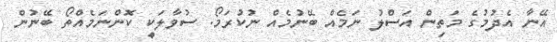
އޭނާ އެދުމުގެ މަތިން އަސްލު ނަމެއް ބޭނުމެއް ނުކުރަމޯ. ސުވާލަކީ ކޮންނަމެއްތޯ ބޭނުން